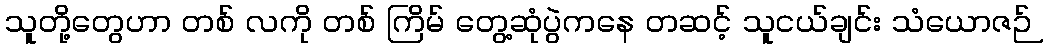
သူတို့တွေဟာ တစ် လကို တစ် ကြိမ် တွေ့ဆုံပွဲကနေ တဆင့် သူငယ်ချင်း သံယောဇဉ်